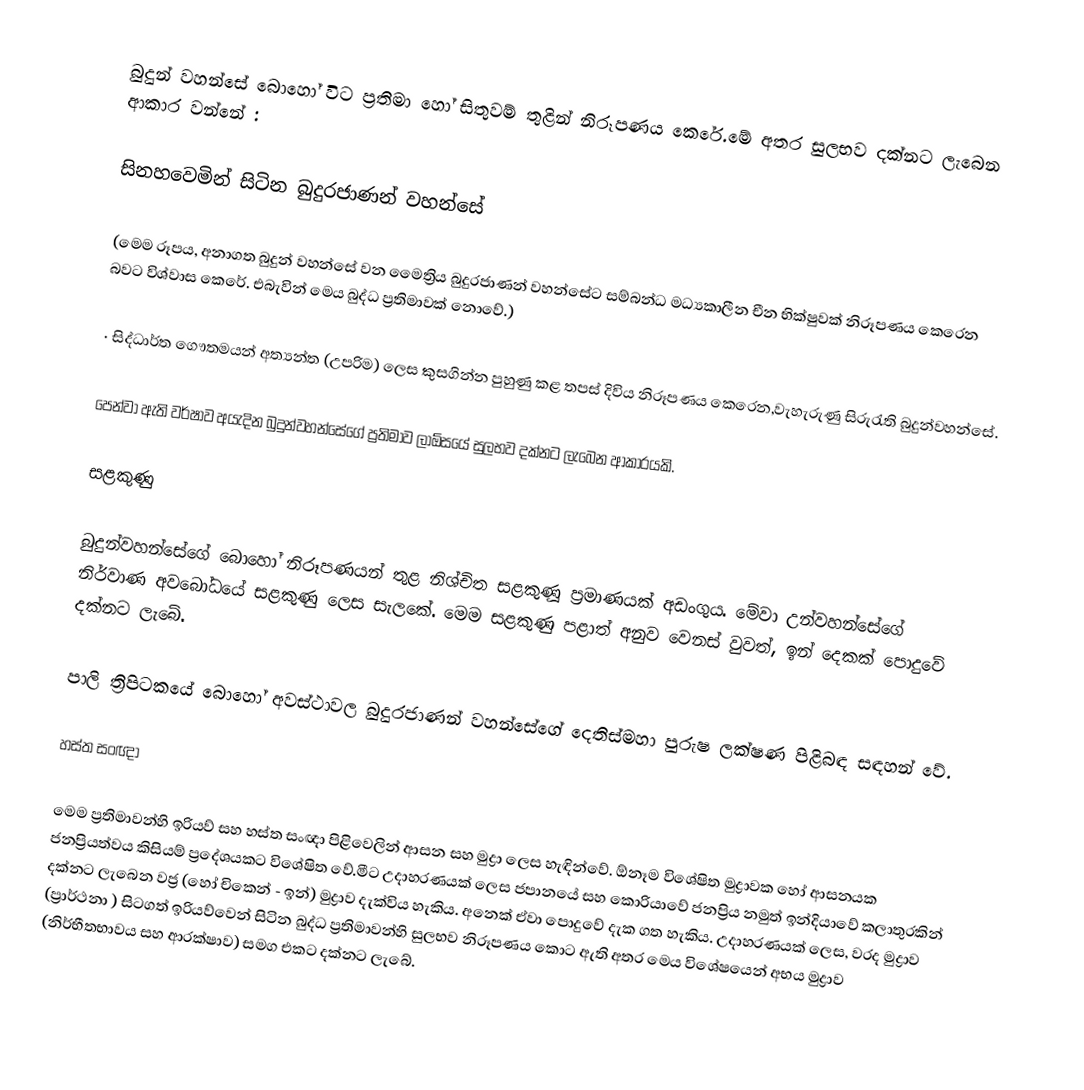
බුදුන් වහන්සේ බොහෝ විට ප්‍රතිමා හෝ සිතුවම් තුළින් නිරූපණය කෙරේ.මේ අතර සුලභව දක්නට ලැබෙන ආකාර වන්නේ :

සිනහවෙමින් සිටින  බුදුරජාණන් වහන්සේ

(මෙම රූපය, අනාගත බුදුන් වහන්සේ වන මෛත්‍රිය බුදුරජාණන් වහන්සේට සම්බන්ධ මධ්‍යකාලීන චීන භික්ෂුවක් නිරූපණය කෙරෙන බවට විශ්වාස කෙරේ. එබැවින් මෙය බුද්ධ ප්‍රතිමාවක් නොවේ.)

·	සිද්ධාර්ත ගෞතමයන් අත්‍යන්ත (උපරිම) ලෙස කුසගින්න පුහුණු කළ තපස් දිවිය නිරූපණය කෙරෙන,වැහැරුණු සිරුරැති බුදුන්වහන්සේ.

පෙන්වා ඇති වර්ෂාව අයැදින බුදුන්වහන්සේගේ ප්‍රතිමාව ලාඕසයේ සුලභව දක්නට ලැබෙන ආකාරයකි.

සළකුණු

බුදුන්වහන්සේගේ බොහෝ නිරූපණයන් තුළ නිශ්චිත සළකුණූ ප්‍රමාණයක් අඩංගුය. මේවා උන්වහන්සේගේ නිර්වාණ අවබෝධයේ සළකුණු ලෙස සැලකේ. මෙම සළකුණු පළාත් අනුව වෙනස් වුවත්, ඉන් දෙකක් පොදුවේ දක්නට ලැබේ.

පාලි ත්‍රිපිටකයේ බොහෝ අවස්ථාවල බුදුරජාණන් වහන්සේගේ දෙතිස්මහා පුරුෂ ලක්ෂණ පිළිබඳ සඳහන් වේ.

හස්ත සංඥා

මෙම ප්‍රතිමාවන්හි ඉරියව් සහ හස්ත සංඥා පිළිවෙලින් ආසන සහ මුද්‍රා ලෙස හැඳින්වේ. ඕනෑම විශේෂිත මුද්‍රාවක හෝ ආසනයක ජනප්‍රියත්වය කිසියම් ප්‍රදේශයකට විශේෂිත වේ.මීට උදාහරණයක්  ලෙස ජපානයේ සහ කොරියාවේ ජනප්‍රිය නමුත් ඉන්දියාවේ කලාතුරකින් දක්නට ලැබෙන වජ්‍ර (හෝ චිකෙන් - ඉන්) මුද්‍රාව දැක්විය හැකිය. අනෙක් ඒවා පොදුවේ දැක ගත හැකිය. උදාහරණයක් ලෙස, වරද මුද්‍රාව (ප්‍රාර්ථනා ) සිටගත් ඉරියව්වෙන් සිටින බුද්ධ ප්‍රතිමාවන්හි සුලභව නිරූපණය කොට ඇති අතර මෙය විශේෂයෙන් අභය මුද්‍රාව (නිර්භීතභාවය සහ ආරක්ෂාව) සමග එකට දක්නට ලැබේ.